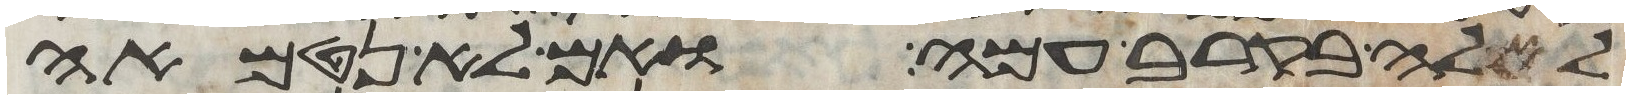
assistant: לאלה בקרב עמה ואם לא נטמאה